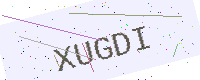
Text: XUGDI